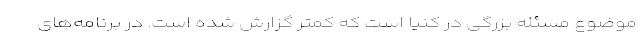
موضوع مسئله بزرگی در کنیا است که کمتر گزارش شده است. در برنامه‌های